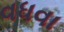
વધવા